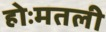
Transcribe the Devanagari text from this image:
होःमतली